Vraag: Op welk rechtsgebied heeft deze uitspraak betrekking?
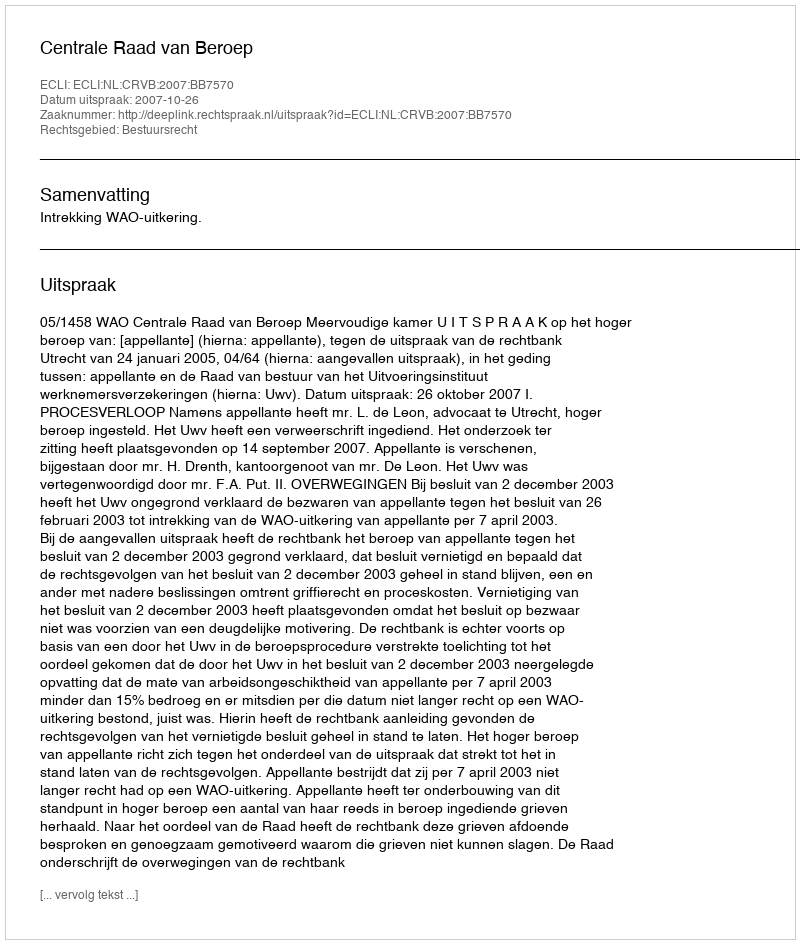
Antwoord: Bestuursrecht